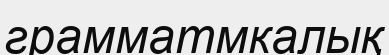
грамматмкалық